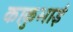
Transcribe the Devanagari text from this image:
काकुभाई